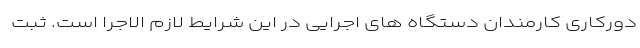
دورکاری کارمندان دستگاه های اجرایی در این شرایط لازم الاجرا است. ثبت